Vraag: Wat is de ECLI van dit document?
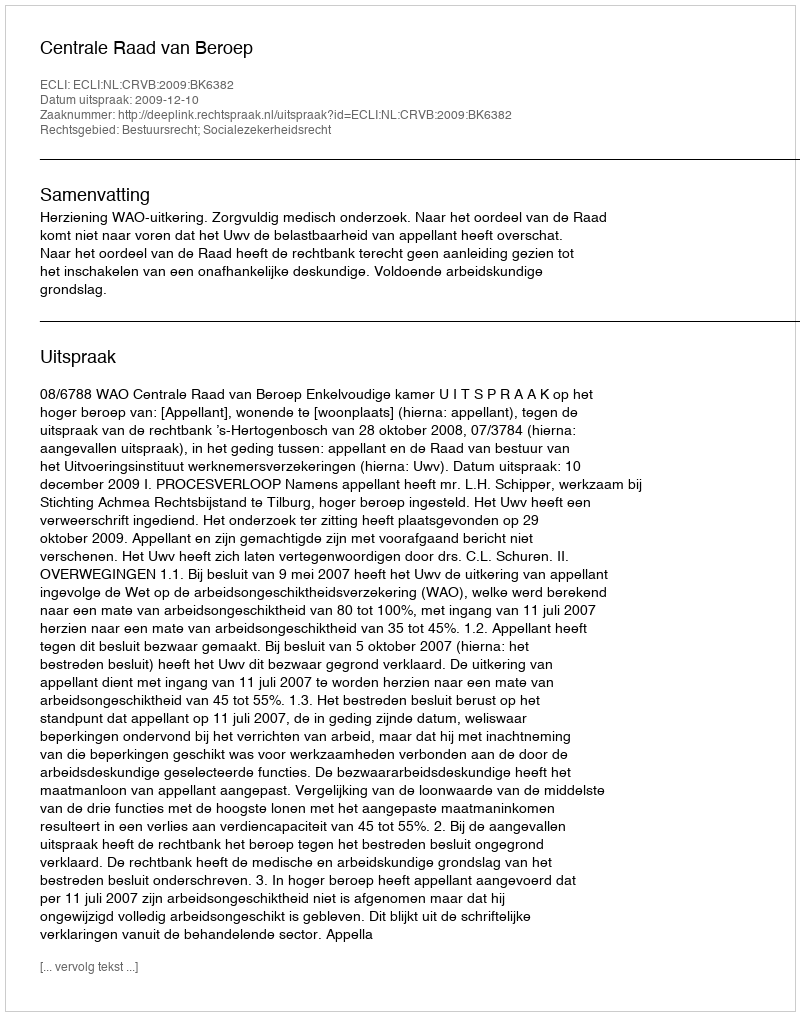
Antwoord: ECLI:NL:CRVB:2009:BK6382